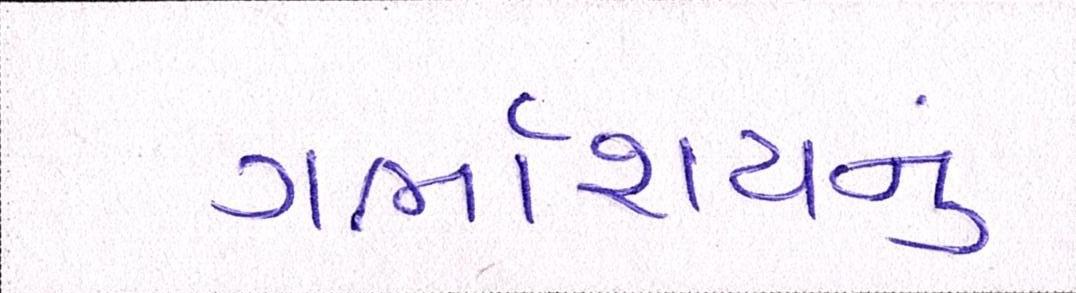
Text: ગર્ભાશયનું